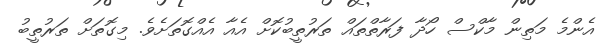
އެންމެ މަތިން މާކްސް ހޯދާ ފަރާތްތައް ތަރުތީބުކޮށް އެއާ އެއްގޮތަށެވެ. މިގޮތަށް ތަރުތީބު